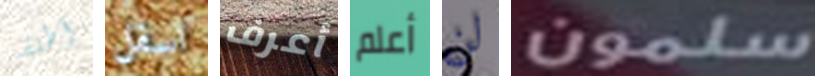
أطلقه اسفل أعرف أعلم لن سلمون